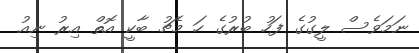
ނަމަވެސް ލީގުގެ ފަހު ބުރުގެ ހަ މެޗު ބާކީ އޮތް އިރު ނިއު